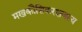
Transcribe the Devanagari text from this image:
मखकौशिकरक्षणस्य